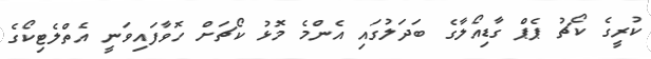
ކުރީގެ ކޯޗު ޕެޕް ގާޑިއޯލާގެ ބަދަލުގައި އެންމެ މޮޅު ކޯޗަށް ހޮވާފައިވަނީ އެތްލެޓިކޯގެ